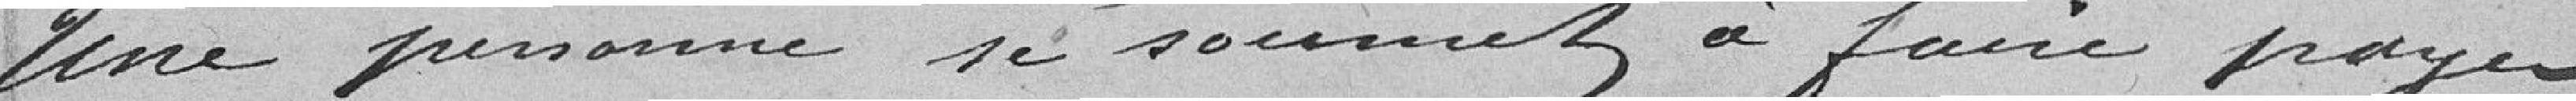
Une personne se soumet à faire payer